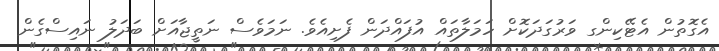
އެގޮތުން އެޓޭކިންގ ވަރުގަދަކޮށް ހަމަލާތައް އުފައްދަން ފެށިއެވެ. ނަމަވެސް ނަތީޖާއަށް ބަދަލު ނައިސްގެން